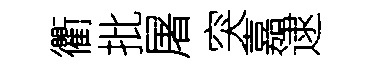
衢批屠突嘉逮